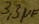
Text: 3,3µF